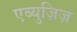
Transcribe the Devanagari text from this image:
एब्युज़िज़